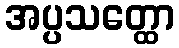
အပ္ပသတ္ထော